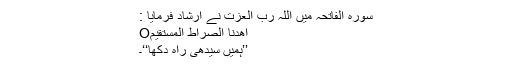
سورہ الفاتحہ میں اللہ رب العزت نے ارشاد فرمایا :
اهْدِنَا الصِّرَاطَ الْمُسْتَقِيمَO
’’ہمیں سیدھی راہ دکھا‘‘۔